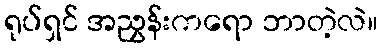
ရုပ်ရှင် အညွှန်းကရော ဘာတဲ့လဲ။